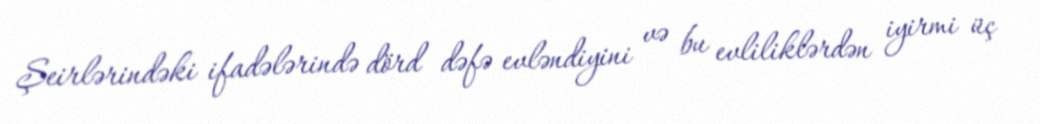
Şeirlərindəki ifadələrində dörd dəfə evləndiyini və bu evliliklərdən iyirmi üç